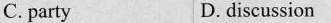
C. party D. discussion